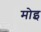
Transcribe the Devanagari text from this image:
मोइ